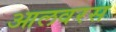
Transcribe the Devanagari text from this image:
आलवरस